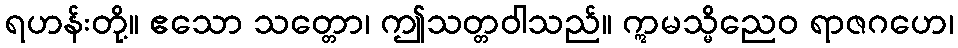
ရဟန်းတို့။ ဧသော သတ္တော၊ ဤသတ္တဝါသည်။ ဣမသ္မိညေဝ ရာဇဂဟေ၊